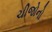
ચીજોનો